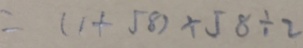
= ( 1 + 5 8 ) \times 5 8 \div 2